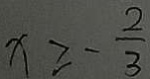
x \geqslant - \frac { 2 } { 3 }